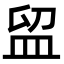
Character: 𥁚